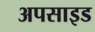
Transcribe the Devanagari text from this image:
अपसाइड